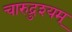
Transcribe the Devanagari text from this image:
चारुद्रुश्यम्